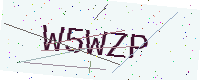
Text: W5WZP